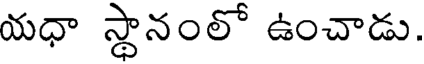
యధా స్థానంలో ఉంచాడు.